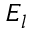
E _ { l }